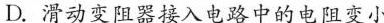
D. 滑动变阻器接入电路中的电阻变小